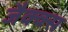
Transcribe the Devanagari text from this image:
जैक्क्स